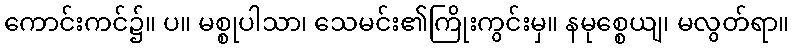
ကောင်းကင်၌။ ပ။ မစ္စုပါသာ၊ သေမင်း၏ကြိုးကွင်းမှ။ နမုစ္စေယျ၊ မလွတ်ရာ။